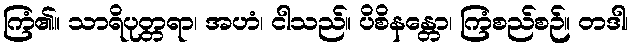
ကြံ၏။ သာရိပုတ္တရာ၊ အဟံ၊ ငါသည်။ ပိစိနန္တော၊ ကြံစည်စဉ်။ တဒါ၊